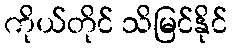
ကိုယ်တိုင် သိမြင်နိုင်